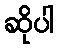
ဆိုပါ